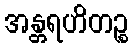
အန္တရဟိတဉ္စ